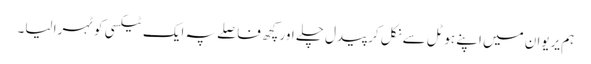
ہم یریوان میں اپنے ہوٹل سے نکل کر پیدل چلے اور کچھ فاصلے پہ ایک ٹیکسی کو ٹہرا لیا۔